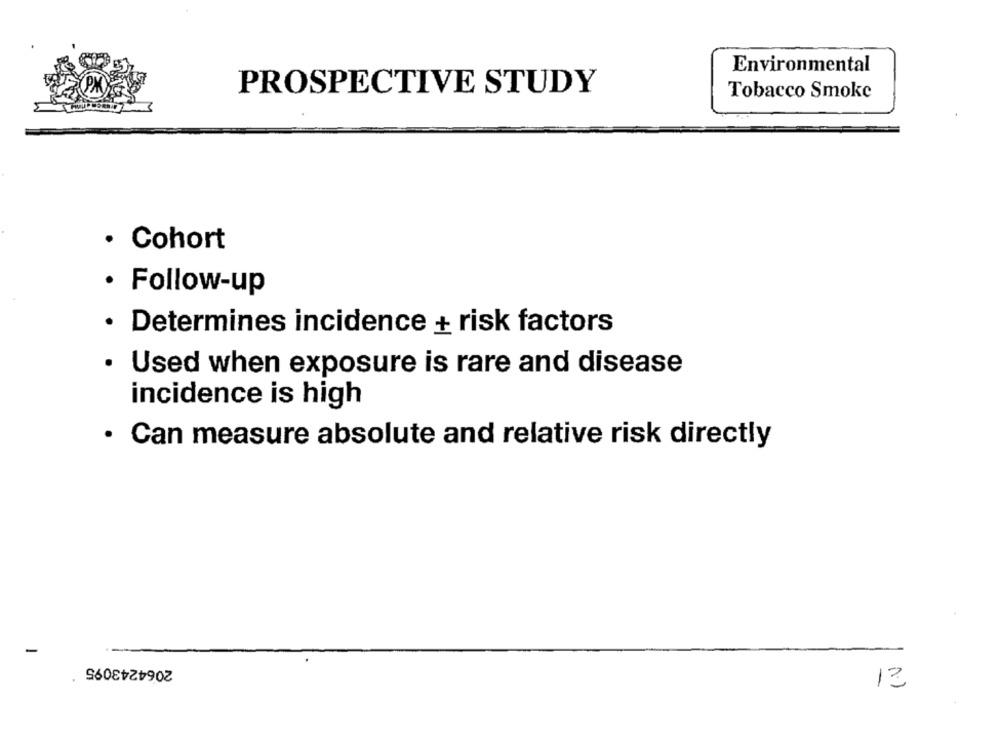
Environmental
PROSPECTIVE STUDY
Tobacco Smoke
· Cohort
· Follow-up
· Determines incidence + risk factors
Used when exposure is rare and disease
incidence is high
· Can measure absolute and relative risk directly
-
2064243095
12